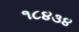
૧૮૪૩૪